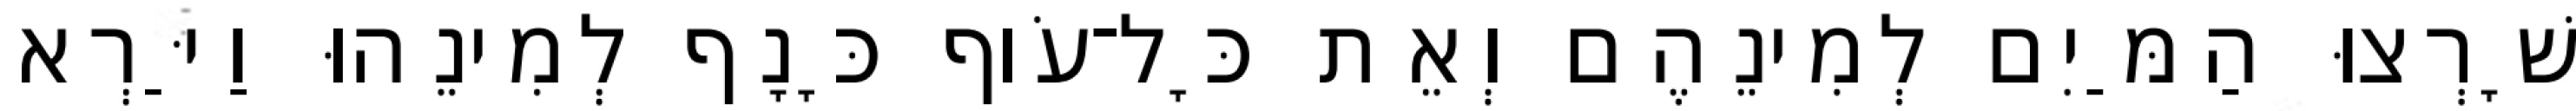
שָׁרְצוּ הַמַּיִם לְמִינֵהֶם וְאֵת כָּל־עֹוף כָּנָף לְמִינֵהוּ וַיַּרְא